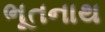
ભૂતનાથ